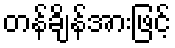
တန်ချိန်အားဖြင့်